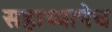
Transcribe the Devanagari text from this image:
सहाय्यानेच